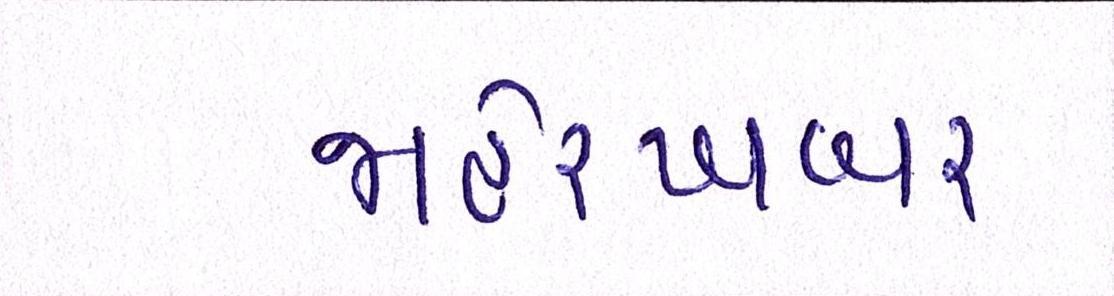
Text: જાહેરખબર